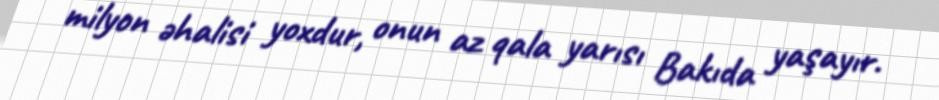
milyon əhalisi yoxdur, onun az qala yarısı Bakıda yaşayır.